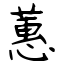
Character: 蕙